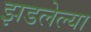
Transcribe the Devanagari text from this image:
झडलेल्या